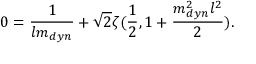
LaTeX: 0 = \frac { 1 } { l m _ { d y n } } + \sqrt { 2 } \zeta ( \frac { 1 } { 2 } , 1 + \frac { m _ { d y n } ^ { 2 } l ^ { 2 } } { 2 } ) .